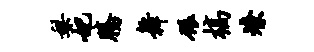
梨妃腾舞碾槁燎